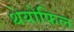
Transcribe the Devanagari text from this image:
थेयोफिल